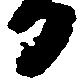
日